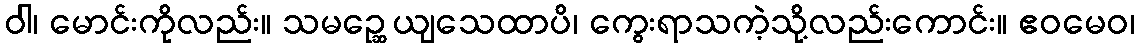
ဝါ၊ မောင်းကိုလည်း။ သမဉ္ဆေယျသေထာပိ၊ ကွေးရာသကဲ့သို့လည်းကောင်း။ ဧဝမေဝ၊